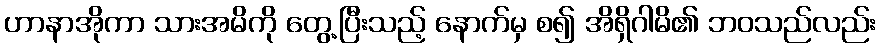
ဟာနာအိုကာ သားအမိကို တွေ့ပြီးသည့် နောက်မှ စ၍ အိရှိဂါမိ၏ ဘဝသည်လည်း